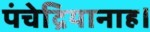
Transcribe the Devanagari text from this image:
पंचेद्रियानाह।